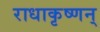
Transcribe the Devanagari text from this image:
राधाकृष्णन्‌